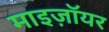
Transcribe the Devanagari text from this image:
माइज़ॉयर